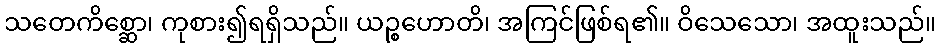
သတေကိစ္ဆော၊ ကုစား၍ရရှိသည်။ ယဉ္စဟောတိ၊ အကြင်ဖြစ်ရ၏။ ဝိသေသော၊ အထူးသည်။